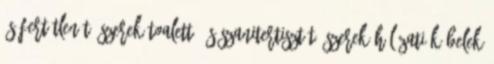
és fertőtlenítő szerek Toalett- és szanitertisztító szerek Hálózati kábelek